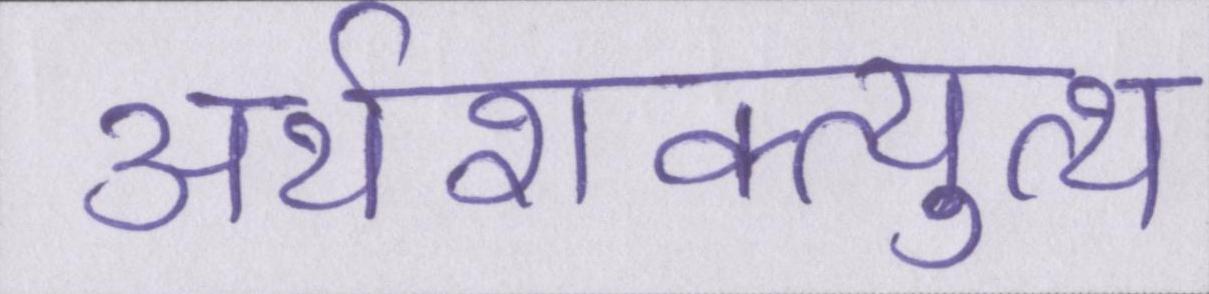
अर्थशक्त्युत्थ